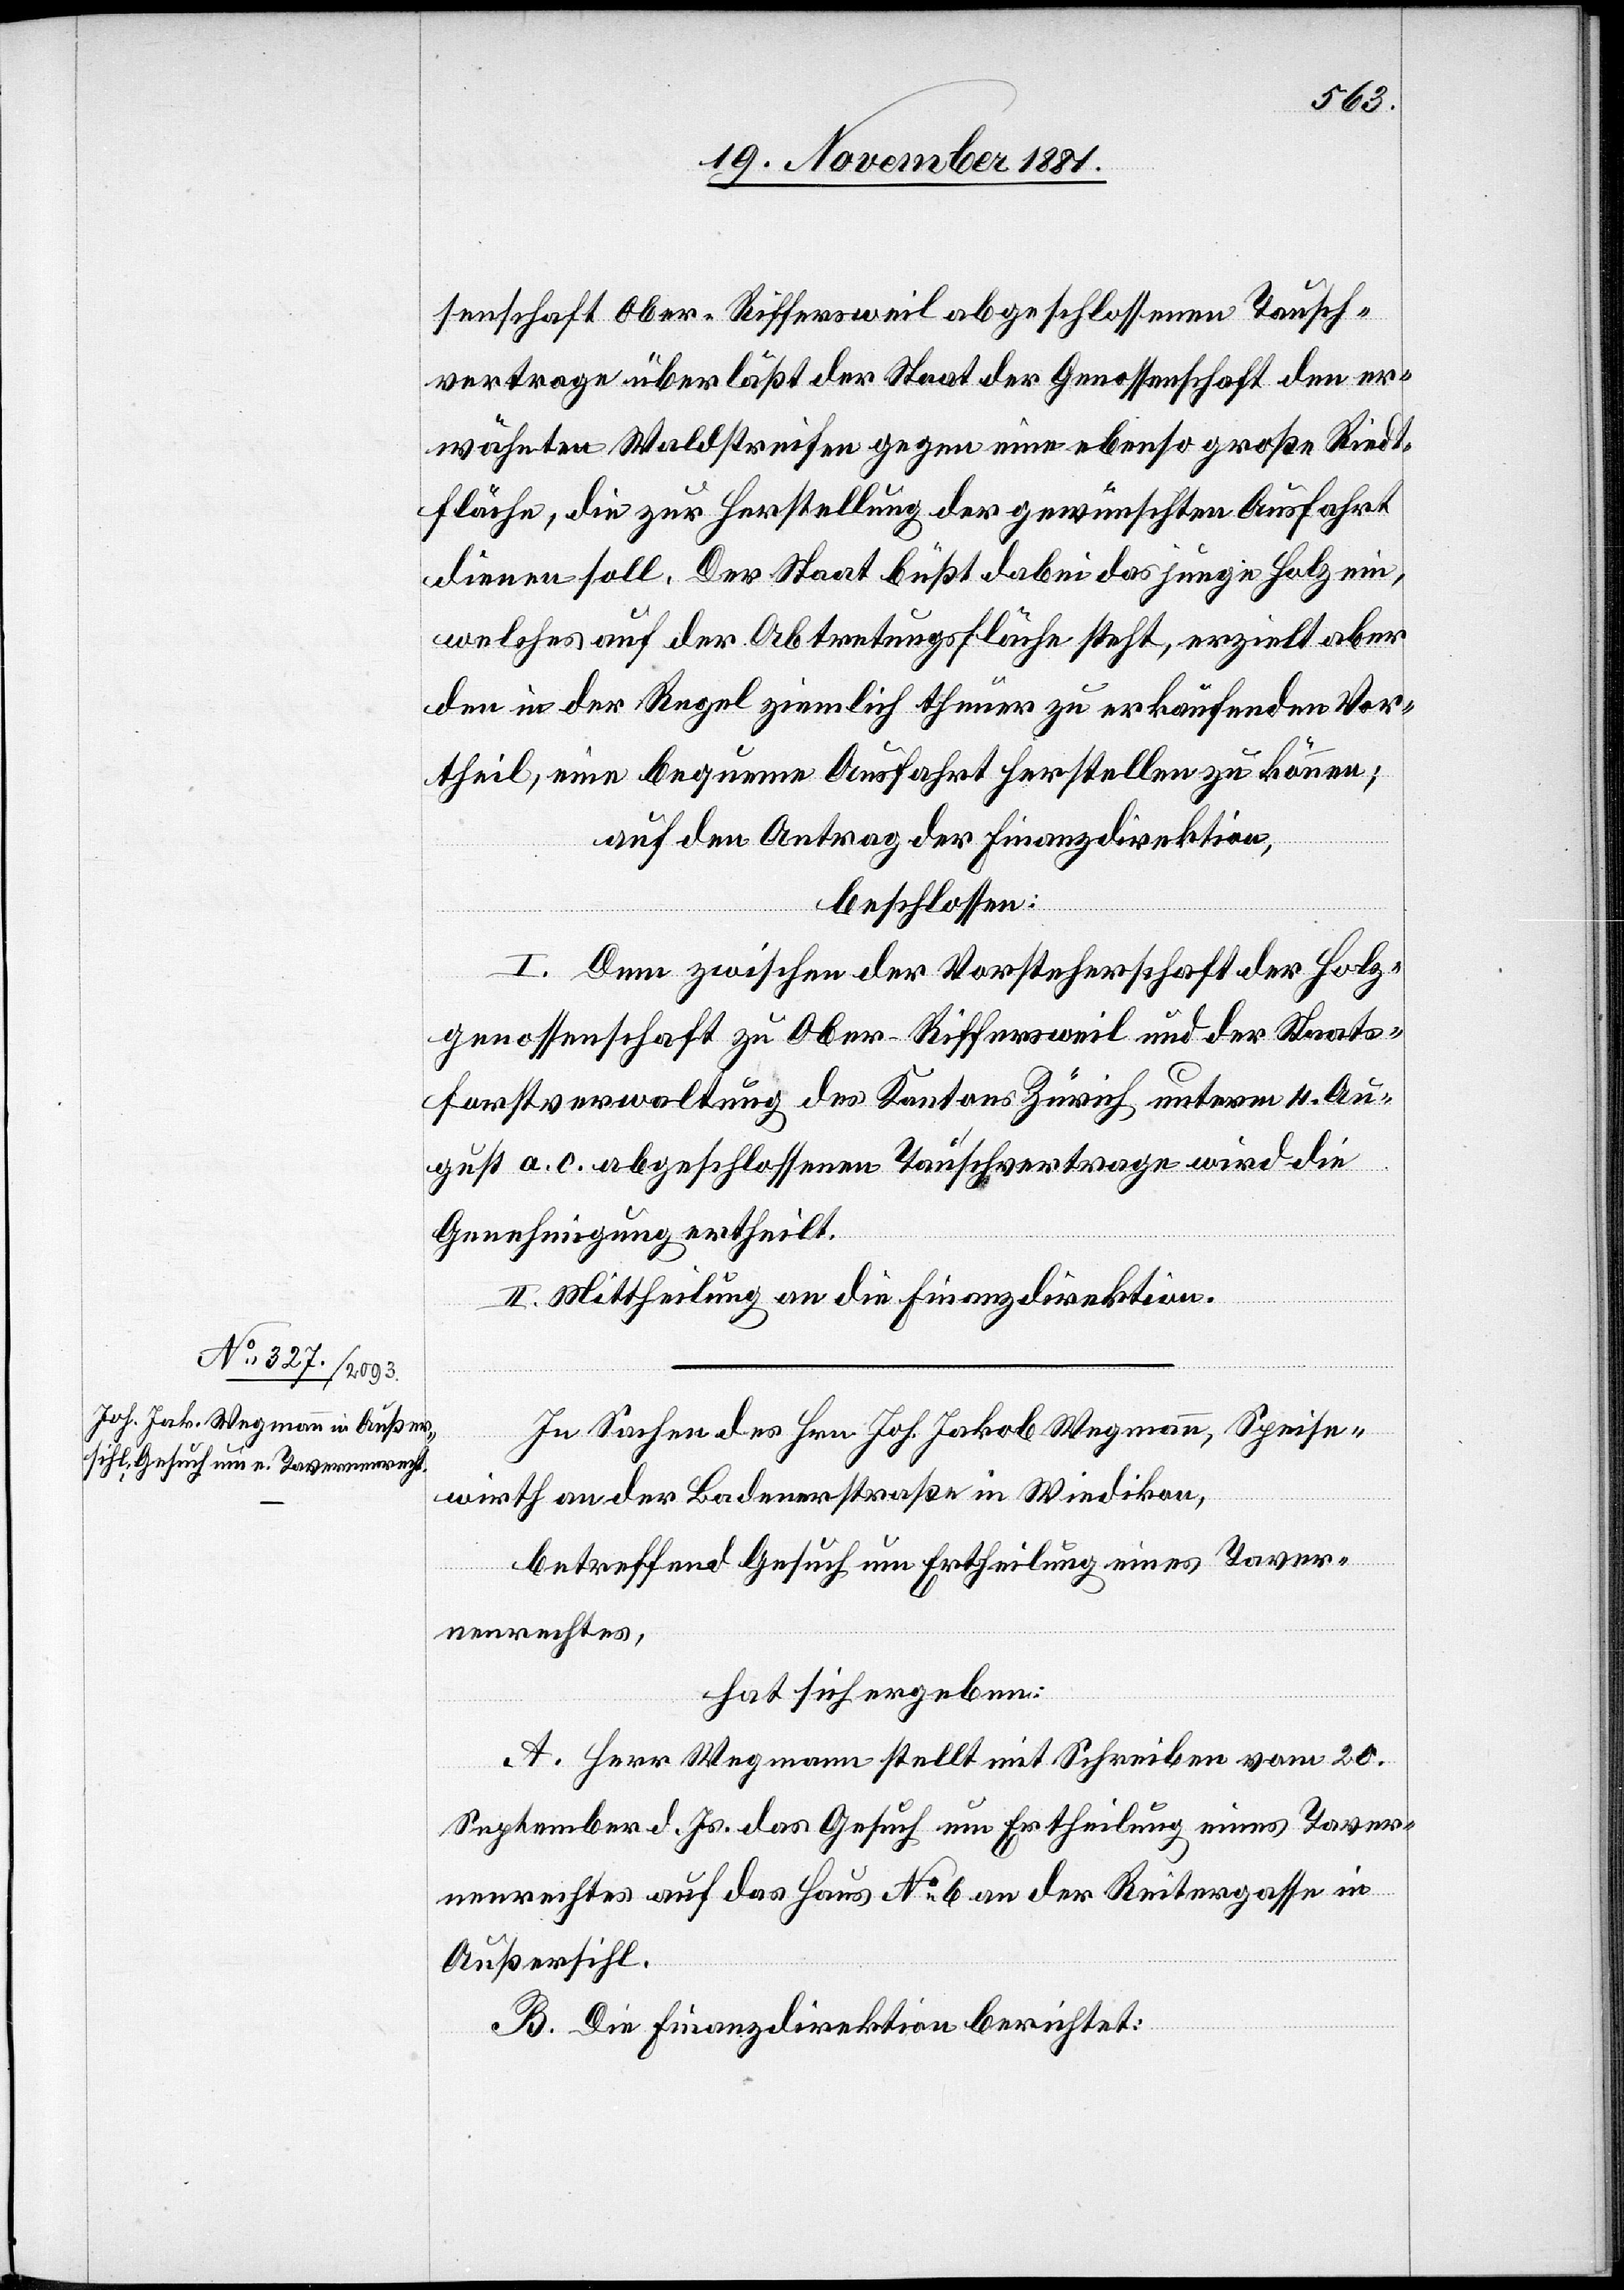
senschaft Ober-Riffersweil abgeschlossenen Tausch¬
vertrage überläßt der Staat der Genossenschaft den er¬
wähnten Waldstreifen gegen eine ebenso große Riedt¬
fläche, die zur Herstellung der gewünschten Ausfahrt
dienen soll. Der Staat büßt dabei das junge Holz ein,
welches auf der Abtretungsfläche steht, erzielt aber
den in der Regel ziemlich theuer zu erkaufenden Vor¬
theil, eine bequeme Ausfahrt herstellen zu können;
auf den Antrag der Finanzdirektion,
beschlossen:
I. Dem zwischen der Vorsteherschaft der Holz¬
genossenschaft zu Ober-Riffersweil und der Staats¬
forstverwaltung des Kantons Zürich unterm 4. Au¬
gust. a. c. abgeschlossenen Tauschvertrage wird die
Genehmigung erhteilt.
II. Mittheilung an die Finanzdirektion.
In Sachen des Hrn. Joh. Jakob Wegmann, Speise¬
wirth an der Badenerstraße in Wiedikon,
betreffend Gesuch um Ertheilung eines Taver¬
nenrechtes,
hat sich ergeben:
A. Herr Wegmann stellt mit Schreiben vom 20.
September d. Js. das Gesuch um Ertheilung eines Taver¬
nenrechtes auf das Haus No 6 an der Reitergasse in
Außersihl.
B. Die Finanzdirektion berichtet: